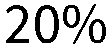
20%